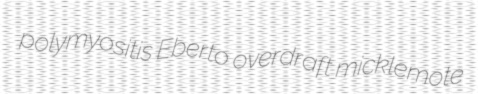
polymyositis Eberto overdraft micklemote